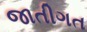
જાતીગત